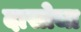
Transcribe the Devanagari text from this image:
दासोचा